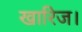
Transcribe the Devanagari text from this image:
खारिज।